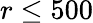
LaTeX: r\leq 500